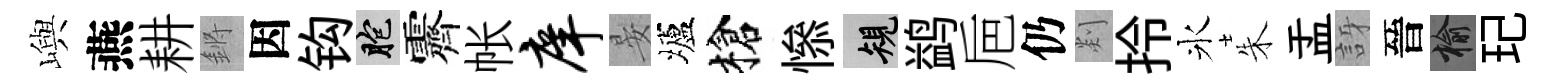
嶼燕耕鏘因钩胞霽帐庠晏壚槍𢡖規鹢巵仍剡拎氷朱盂訝晉榆玘